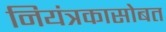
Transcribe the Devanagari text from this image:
नियंत्रकासोबत